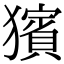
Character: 獱